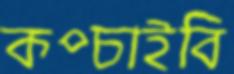
কপ্‌চাইবি